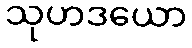
သုဟဒယော